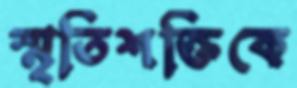
স্মৃতিশক্তিকে